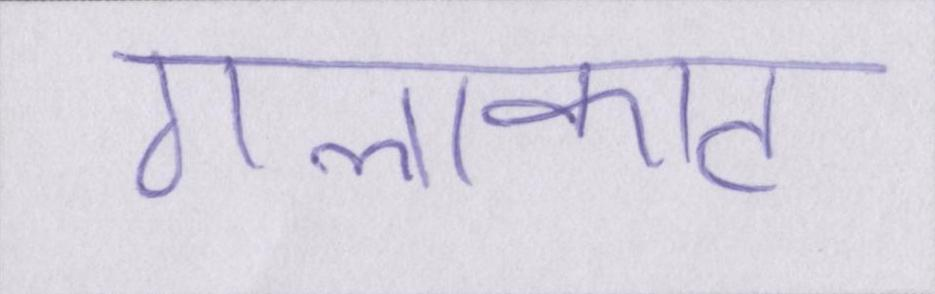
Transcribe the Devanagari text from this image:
गलाकाट